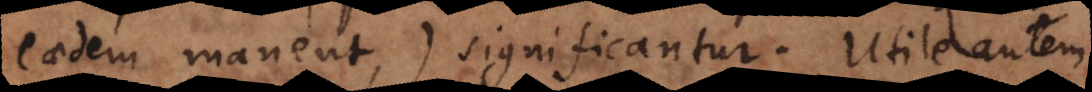
eaedem manent) significantur. Utile autem